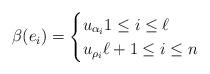
LaTeX: \begin{align*}\beta(e_i) = \begin{cases}u_{\alpha_i} 1\leq i\leq \ell\\ u_{\rho_i} \ell+1\leq i\leq n\end{cases}\end{align*}